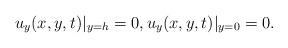
LaTeX: \begin{align*} u_y(x, y, t)\vert_{y=h} =0, u_y(x, y, t)\vert_{y=0} =0.\end{align*}